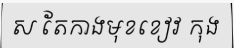
ស តែកាងមុខខៀវ កុង